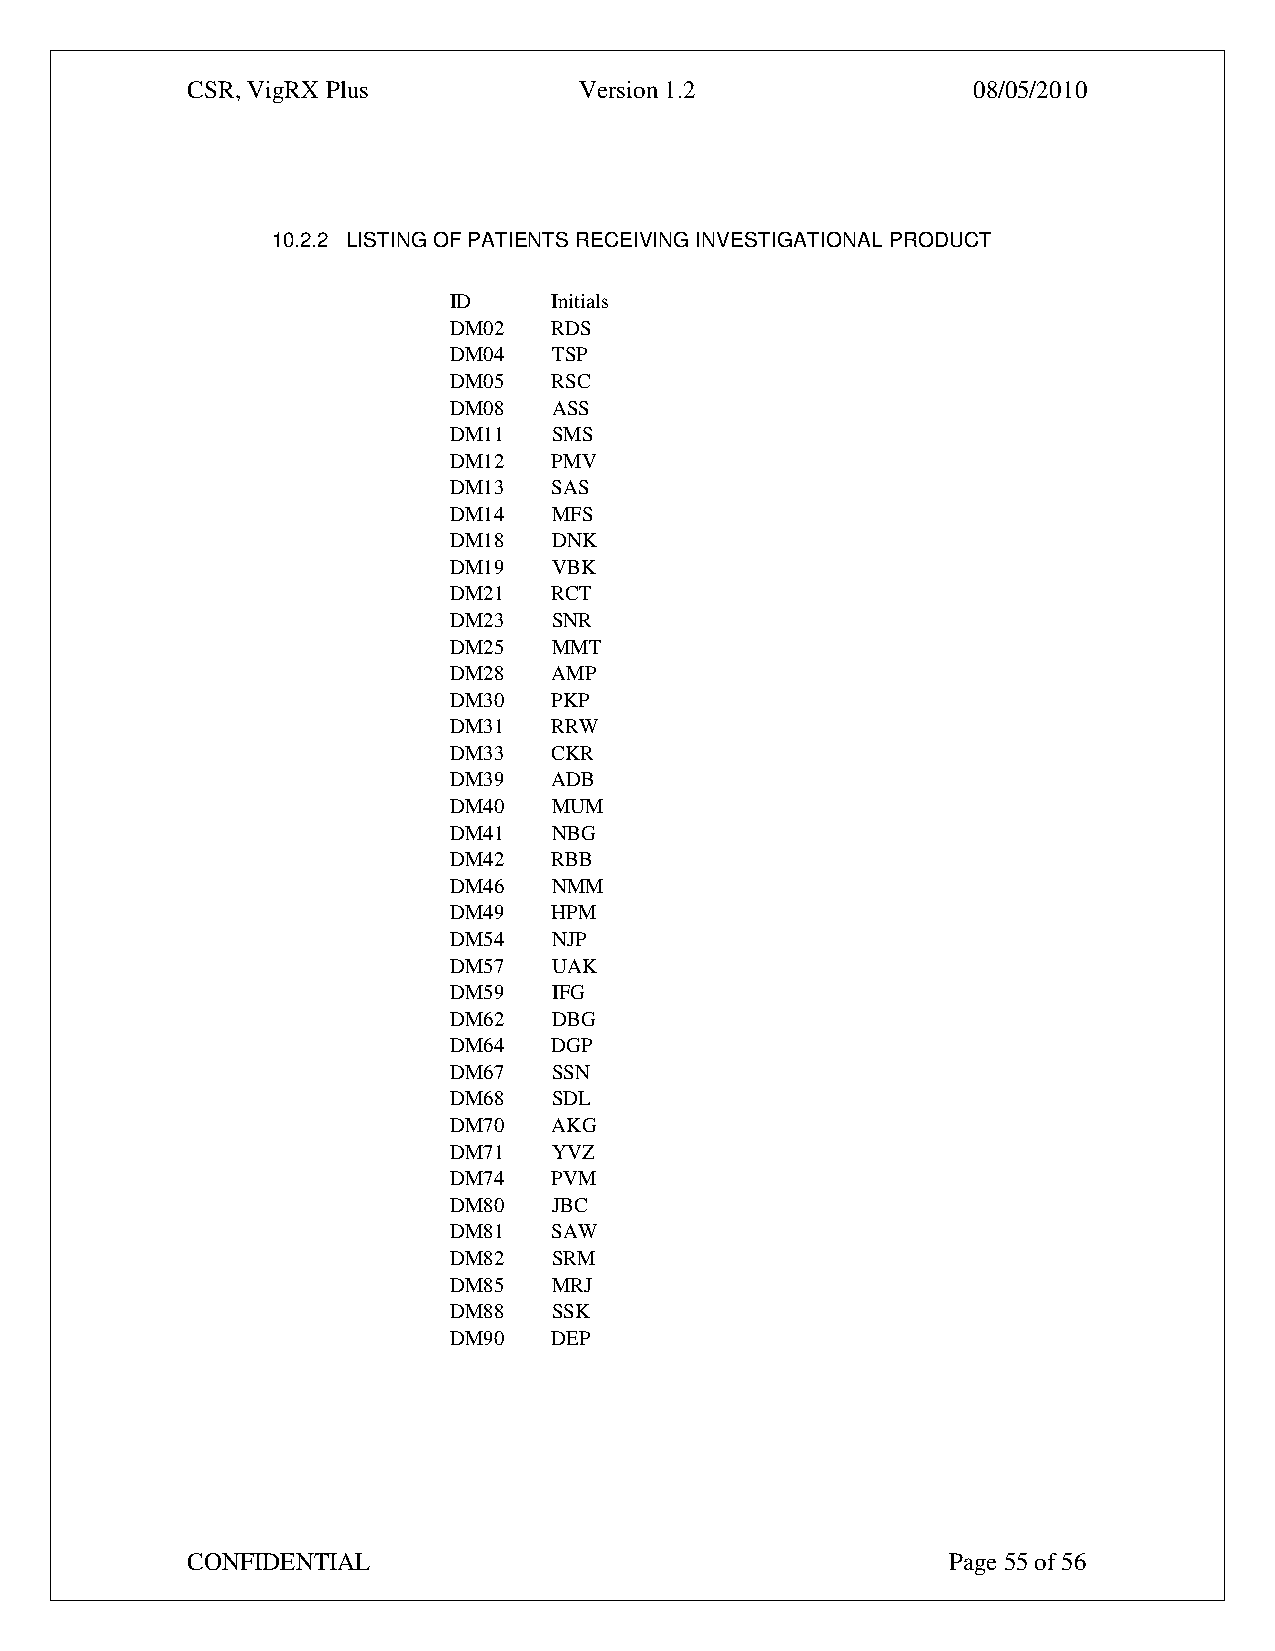
CSR, VigRX Plus           Version 1.2               08/05/2010
 10.2.2 LISTING OF PATIENTS RECEIVING INVESTIGATIONAL PRODUCT
 ID     Initials
 DM02   RDS
 DM04   TSP
 DM05   RSC
 DM08   ASS
 DM11   SMS
 DM12   PMV
 DM13   SAS
 DM14   MFS
 DM18   DNK
 DM19   VBK
 DM21   RCT
 DM23   SNR
 DM25   MMT
 DM28   AMP
 DM30   PKP
 DM31   RRW
 DM33   CKR
 DM39   ADB
 DM40   MUM
 DM41   NBG
 DM42   RBB
 DM46   NMM
 DM49   HPM
 DM54   NJP
 DM57   UAK
 DM59   IFG
 DM62   DBG
 DM64   DGP
 DM67   SSN
 DM68   SDL
 DM70   AKG
 DM71   YVZ
 DM74   PVM
 DM80   JBC
 DM81   SAW
 DM82   SRM
 DM85   MRJ
 DM88   SSK
 DM90   DEP
 CONFIDENTIAL                                       Page 55 of 56